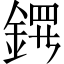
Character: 𬫤